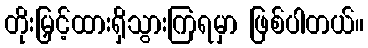
တိုးမြှင့်ထားရှိသွားကြရမှာ ဖြစ်ပါတယ်။